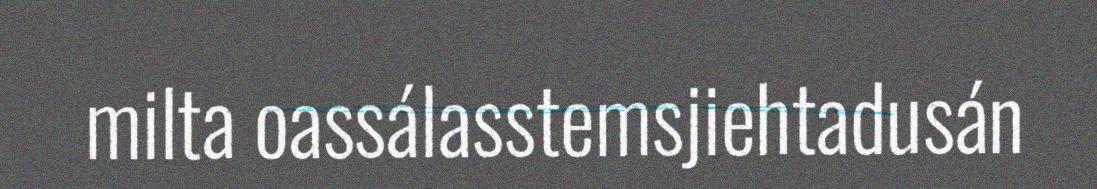
milta oassálasstemsjiehtadusán